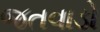
જતવાડો